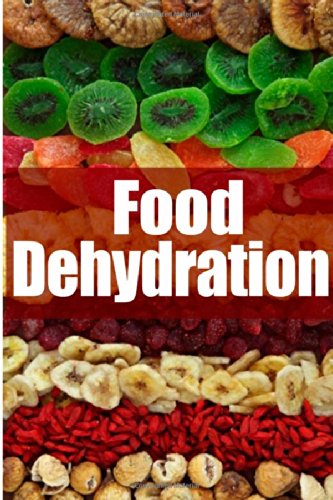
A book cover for Food Dehydration - The Ultimate Recipe Guide; Jessica Dreyher; Cookbooks, Food & Wine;